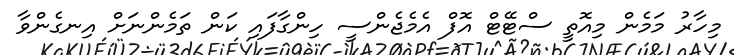
މިހާރު މަމެން މިއޮތީ ސްޓޭޓް އޮފް އެެމެޖެންސީ ހިންގާފައި ކަން ތަމެންނަށް އިނގެންވާ